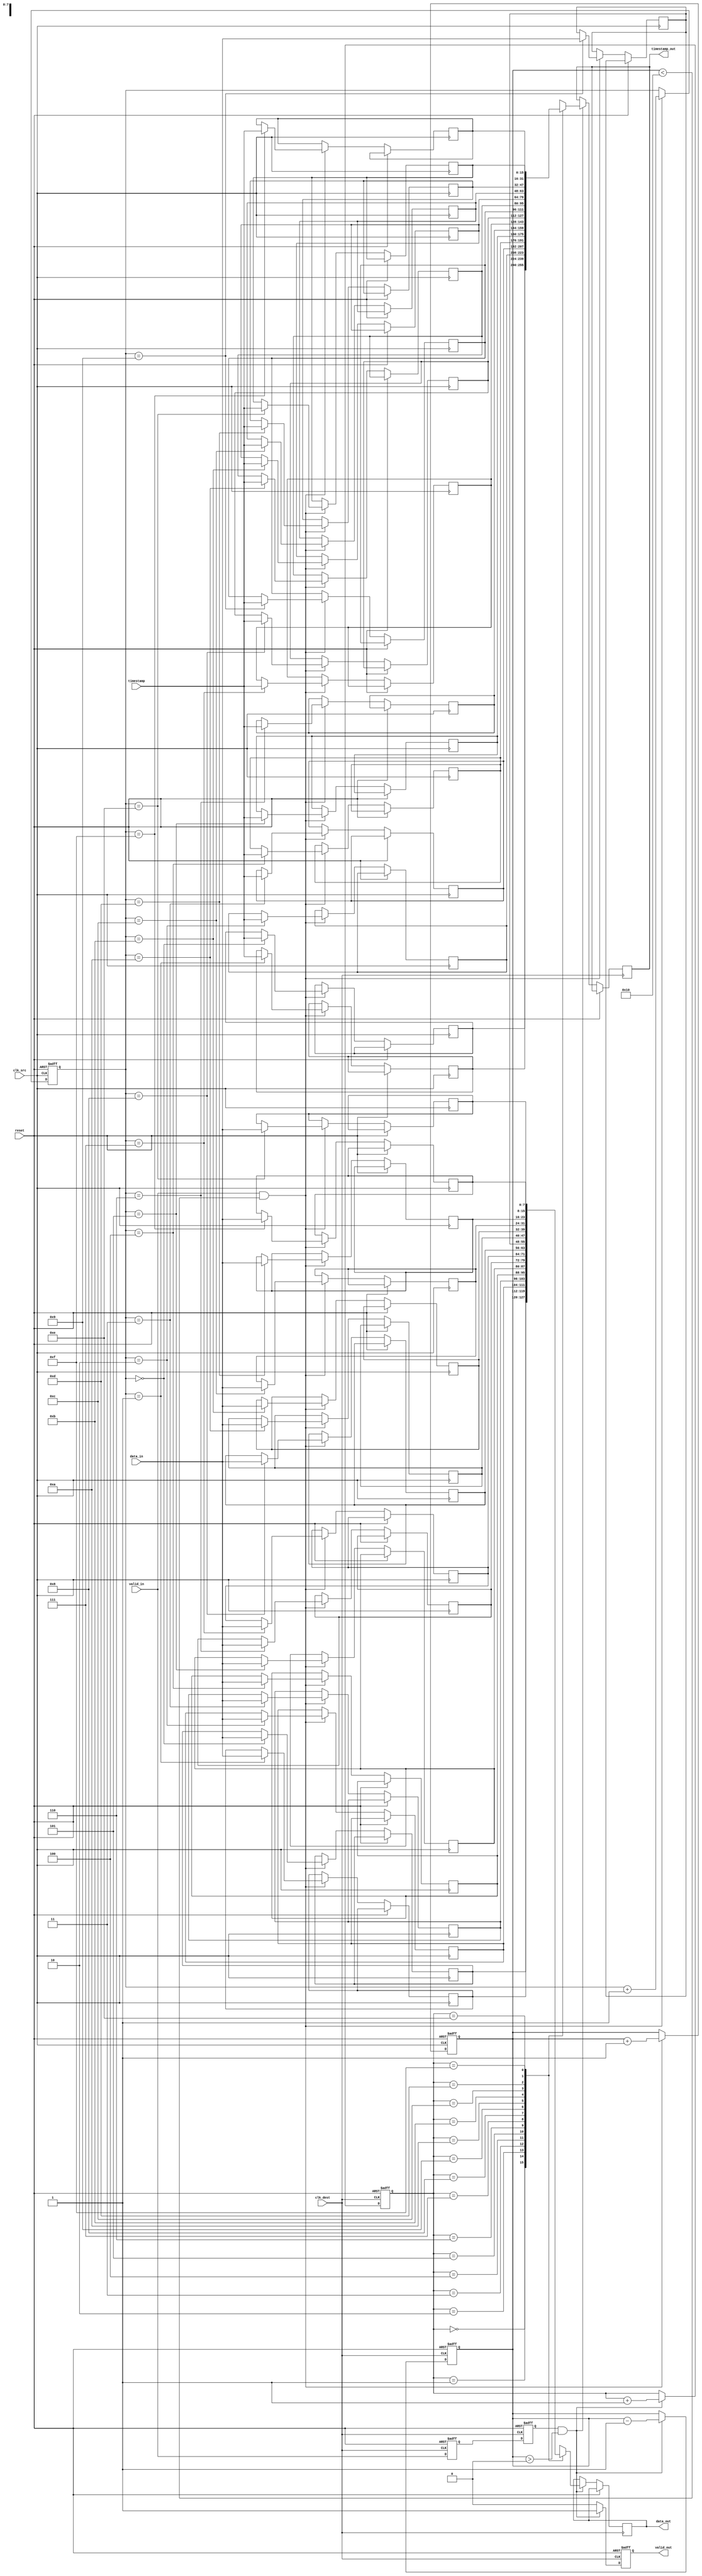
module timestamped_synchronizer #(
    parameter DATA_WIDTH = 8,
    parameter TIMESTAMP_WIDTH = 16,
    parameter FIFO_DEPTH = 16
)(
    input wire clk_src,
    input wire clk_dest,
    input wire reset,
    input wire [DATA_WIDTH-1:0] data_in,
    input wire [TIMESTAMP_WIDTH-1:0] timestamp,
    input wire valid_in,
    output reg [DATA_WIDTH-1:0] data_out,
    output reg [TIMESTAMP_WIDTH-1:0] timestamp_out,
    output reg valid_out
);

    // FIFO buffer
    reg [DATA_WIDTH-1:0] fifo_data [0:FIFO_DEPTH-1];
    reg [TIMESTAMP_WIDTH-1:0] fifo_timestamp [0:FIFO_DEPTH-1];
    reg [3:0] write_pointer;
    reg [3:0] read_pointer;
    reg [3:0] fifo_count;

    // FIFO write control logic (in source clock domain)
    always @(posedge clk_src or posedge reset) begin
        if (reset) begin
            write_pointer <= 0;
            fifo_count <= 0;
        end else if (valid_in && (fifo_count < FIFO_DEPTH)) begin
            fifo_data[write_pointer] <= data_in;
            fifo_timestamp[write_pointer] <= timestamp;
            write_pointer <= write_pointer + 1;
            fifo_count <= fifo_count + 1;
        end
    end

    // Synchronization of valid signal
    reg valid_in_sync1, valid_in_sync2;
    always @(posedge clk_dest or posedge reset) begin
        if (reset) begin
            valid_in_sync1 <= 0;
            valid_in_sync2 <= 0;
        end else begin
            valid_in_sync1 <= valid_in;
            valid_in_sync2 <= valid_in_sync1;
        end
    end

    // FIFO read control logic (in destination clock domain)
    always @(posedge clk_dest or posedge reset) begin
        if (reset) begin
            read_pointer <= 0;
            fifo_count <= 0;
            valid_out <= 0;
        end else if (valid_in_sync2 && (fifo_count > 0)) begin
            data_out <= fifo_data[read_pointer];
            timestamp_out <= fifo_timestamp[read_pointer];
            read_pointer <= read_pointer + 1;
            fifo_count <= fifo_count - 1;
            valid_out <= 1;
        end else begin
            valid_out <= 0;
        end
    end

endmodule